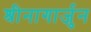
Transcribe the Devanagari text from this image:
श्रीनागार्जुन